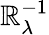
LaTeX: \mathbb{R}_{\lambda}^{-1}